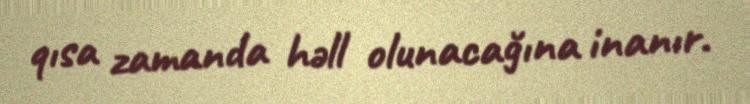
qısa zamanda həll olunacağına inanır.